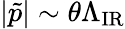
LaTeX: |\tilde{p}|\sim\theta\Lambda_{\mathrm{IR}}